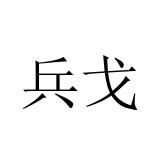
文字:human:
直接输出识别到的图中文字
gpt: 兵戈